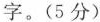
字。(5分)